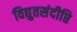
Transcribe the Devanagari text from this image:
विद्युतसंदीप्ति